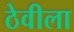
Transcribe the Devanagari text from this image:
ठेवीला